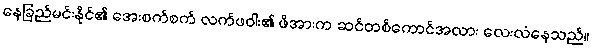
နေခြည်မင်းနိုင်၏ အေးစက်စက် လက်ဖဝါး၏ ဖိအားက ဆင်တစ်ကောင်အလား လေးလံနေသည်။